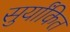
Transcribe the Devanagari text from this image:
सुर्यांकित